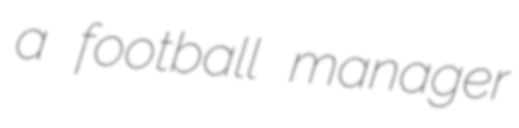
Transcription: a football manager